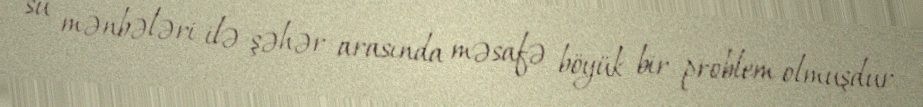
su mənbələri ilə şəhər arasında məsafə böyük bir problem olmuşdur.